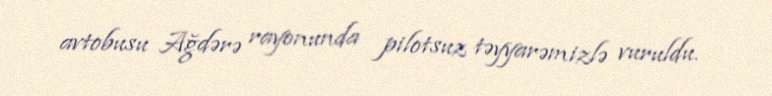
avtobusu Ağdərə rayonunda pilotsuz təyyarəmizlə vuruldu.